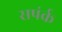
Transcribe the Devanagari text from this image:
सपंर्क